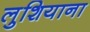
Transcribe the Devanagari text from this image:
लुशियाना